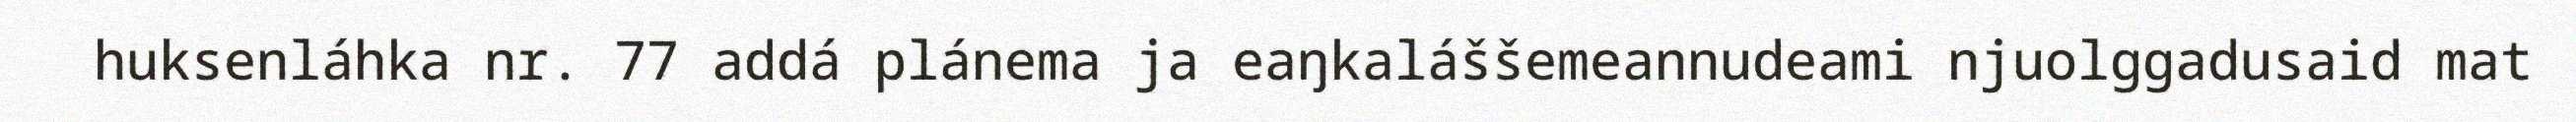
huksenláhka nr. 77 addá plánema ja eaŋkaláššemeannudeami njuolggadusaid mat